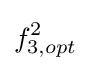
f_{3,opt}^{2}